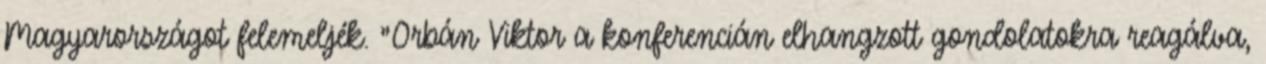
Magyarországot felemeljék. "Orbán Viktor a konferencián elhangzott gondolatokra reagálva,